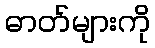
ဓာတ်များကို